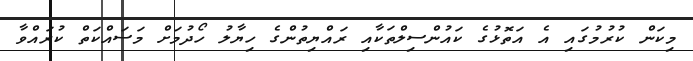
މިކަން ކުރުމުގައި އެ އަތޮޅުގެ ކައުންސިލްތަކާއި ރައްޔިތުންގެ ހިޔާލު ހޯދުމަށް މަސައްކަތް ކުރައްވާ